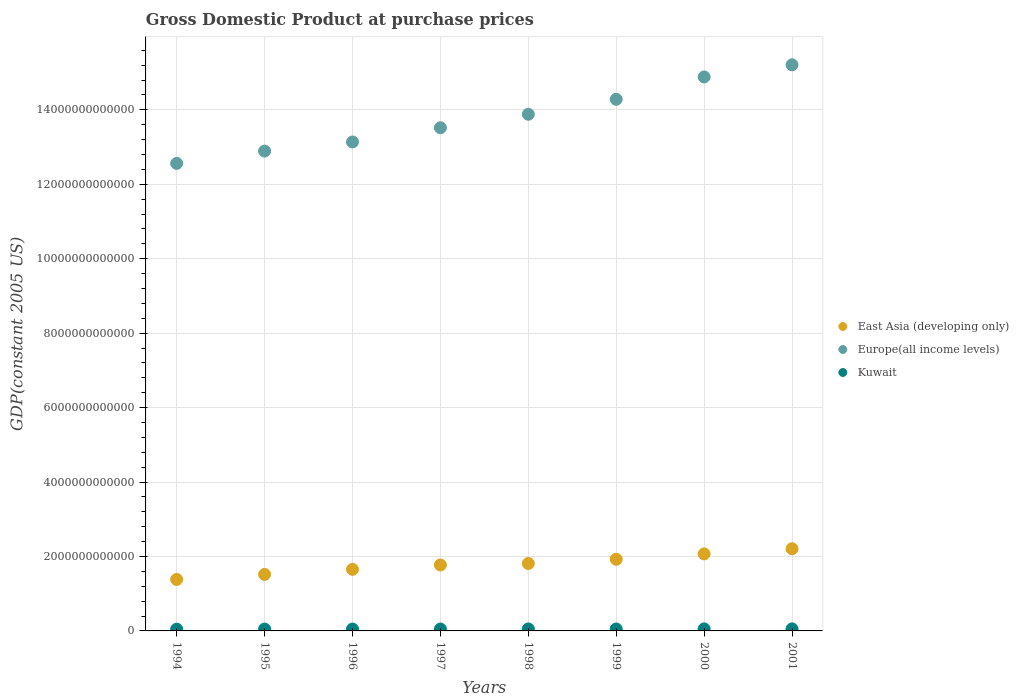
| Years | East Asia (developing only) | Europe(all income levels) | Kuwait |
 | --- | --- | --- | --- |
 | 1994 | 1.38e+12 | 1.26e+13 | 4.73e+10 |
 | 1995 | 1.52e+12 | 1.29e+13 | 4.95e+10 |
 | 1996 | 1.65e+12 | 1.31e+13 | 4.98e+10 |
 | 1997 | 1.77e+12 | 1.35e+13 | 5.11e+10 |
 | 1998 | 1.81e+12 | 1.39e+13 | 5.3e+10 |
 | 1999 | 1.92e+12 | 1.43e+13 | 5.2e+10 |
 | 2000 | 2.07e+12 | 1.49e+13 | 5.44e+10 |
 | 2001 | 2.21e+12 | 1.52e+13 | 5.48e+10 |